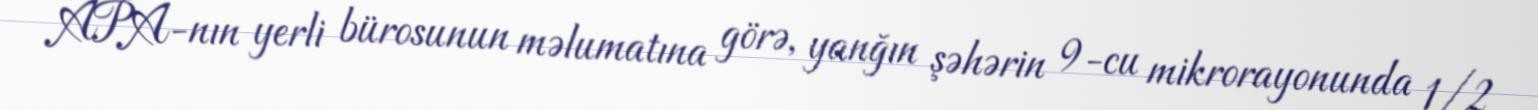
APA-nın yerli bürosunun məlumatına görə, yanğın şəhərin 9-cu mikrorayonunda 1/2